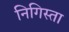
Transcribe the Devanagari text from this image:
निगिस्ता